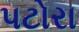
પટોરા